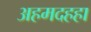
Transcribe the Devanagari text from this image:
अहमदहहा